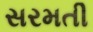
સરમતી